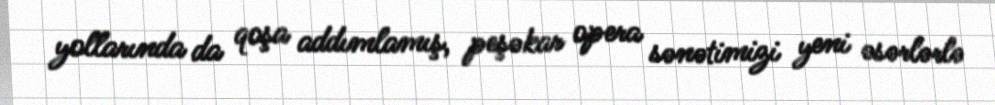
yollarında da qoşa addımlamış, peşəkar opera sənətimizi yeni əsərlərlə